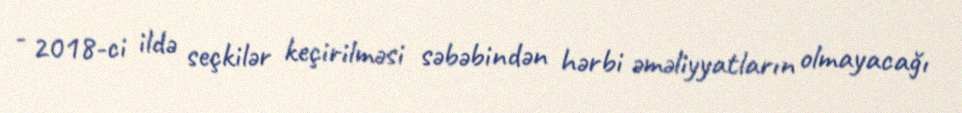
- 2018-ci ildə seçkilər keçirilməsi səbəbindən hərbi əməliyyatların olmayacağı